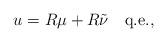
LaTeX: \begin{align*}u=R\mu+R\tilde\nu\quad\mbox{q.e.},\end{align*}